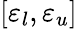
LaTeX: [\varepsilon_{l},\varepsilon_{u}]